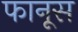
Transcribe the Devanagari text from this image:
फानूस